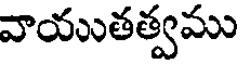
వాయుతత్వము